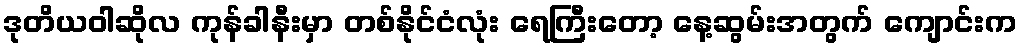
ဒုတိယဝါဆိုလ ကုန်ခါနီးမှာ တစ်နိုင်ငံလုံး ရေကြီးတော့ နေ့ဆွမ်းအတွက် ကျောင်းက